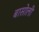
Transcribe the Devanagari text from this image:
बासोली